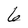
Character: 6